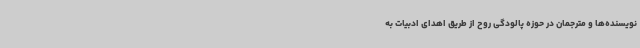
نویسنده‌ها و مترجمان در حوزه پالودگی روح از طریق اهدای ادبیات به